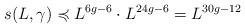
LaTeX: \begin{align*} s(L,\gamma) \preccurlyeq L^{6g-6} \cdot L^{24g - 6} = L^{30g - 12}\end{align*}